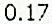
0.17